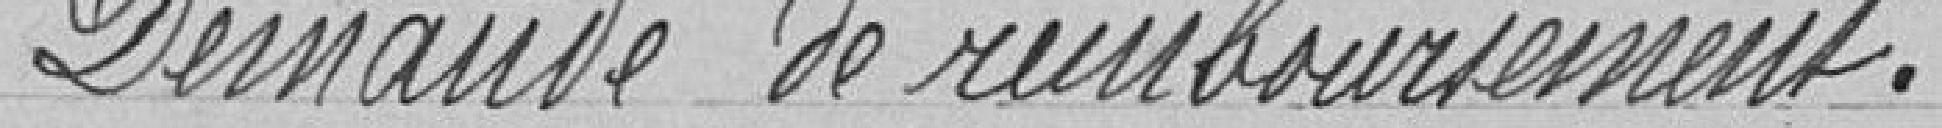
Demande de remboursement.